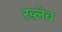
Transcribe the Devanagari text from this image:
ख़्लेब